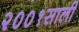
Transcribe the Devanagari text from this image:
२००१साली